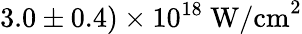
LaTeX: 3.0\pm 0.4)\times 10^{18}~\textrm{W/cm}^{2}